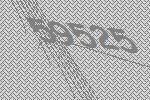
59525